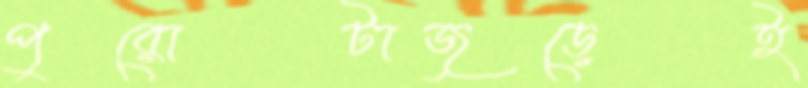
পুরোটাজুড়েই